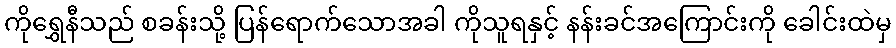
ကိုရွှေနီသည် စခန်းသို့ ပြန်ရောက်သောအခါ ကိုသူရနှင့် နန်းခင်အကြောင်းကို ခေါင်းထဲမှ